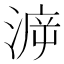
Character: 㴑